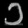
Digit: ၁